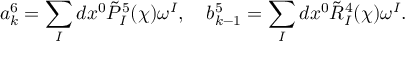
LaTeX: a _ { k } ^ { 6 } = \sum _ { I } d x ^ { 0 } \tilde { P } _ { I } ^ { 5 } ( \chi ) \omega ^ { I } , \quad b _ { k - 1 } ^ { 5 } = \sum _ { I } d x ^ { 0 } \tilde { R } _ { I } ^ { 4 } ( \chi ) \omega ^ { I } .